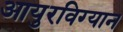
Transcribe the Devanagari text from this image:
आयुरविग्यान